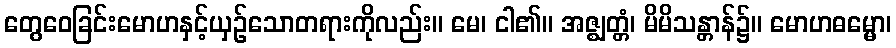
တွေဝေခြင်းမောဟနှင့်ယှဉ်သောတရားကိုလည်း။ မေ၊ ငါ၏။ အဇ္ဈတ္တံ၊ မိမိသန္တာန်၌။ မောဟဓမ္မော၊